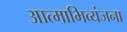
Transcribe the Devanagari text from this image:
आत्‍माभिव्‍यंजना